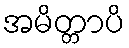
အမိတ္တာပိ